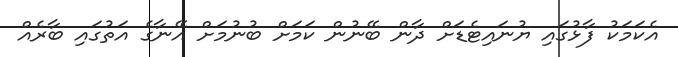
އެކަމަކު ފާޅުގައި ޔުނައިޓެޑަށް ދާން ބޭނުން ކަމަށް ބުނުމަށް އޭނާގެ އަތުގައި ބާރެއް